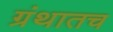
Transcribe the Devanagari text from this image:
ग्रंथातच